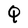
Character: Q